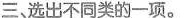
三,选出不同类的一项. ( )